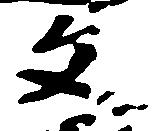
文